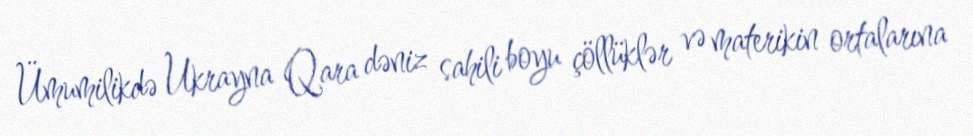
Ümumilikdə Ukrayna Qara dəniz sahili boyu çöllüklər və materikin ortalarına